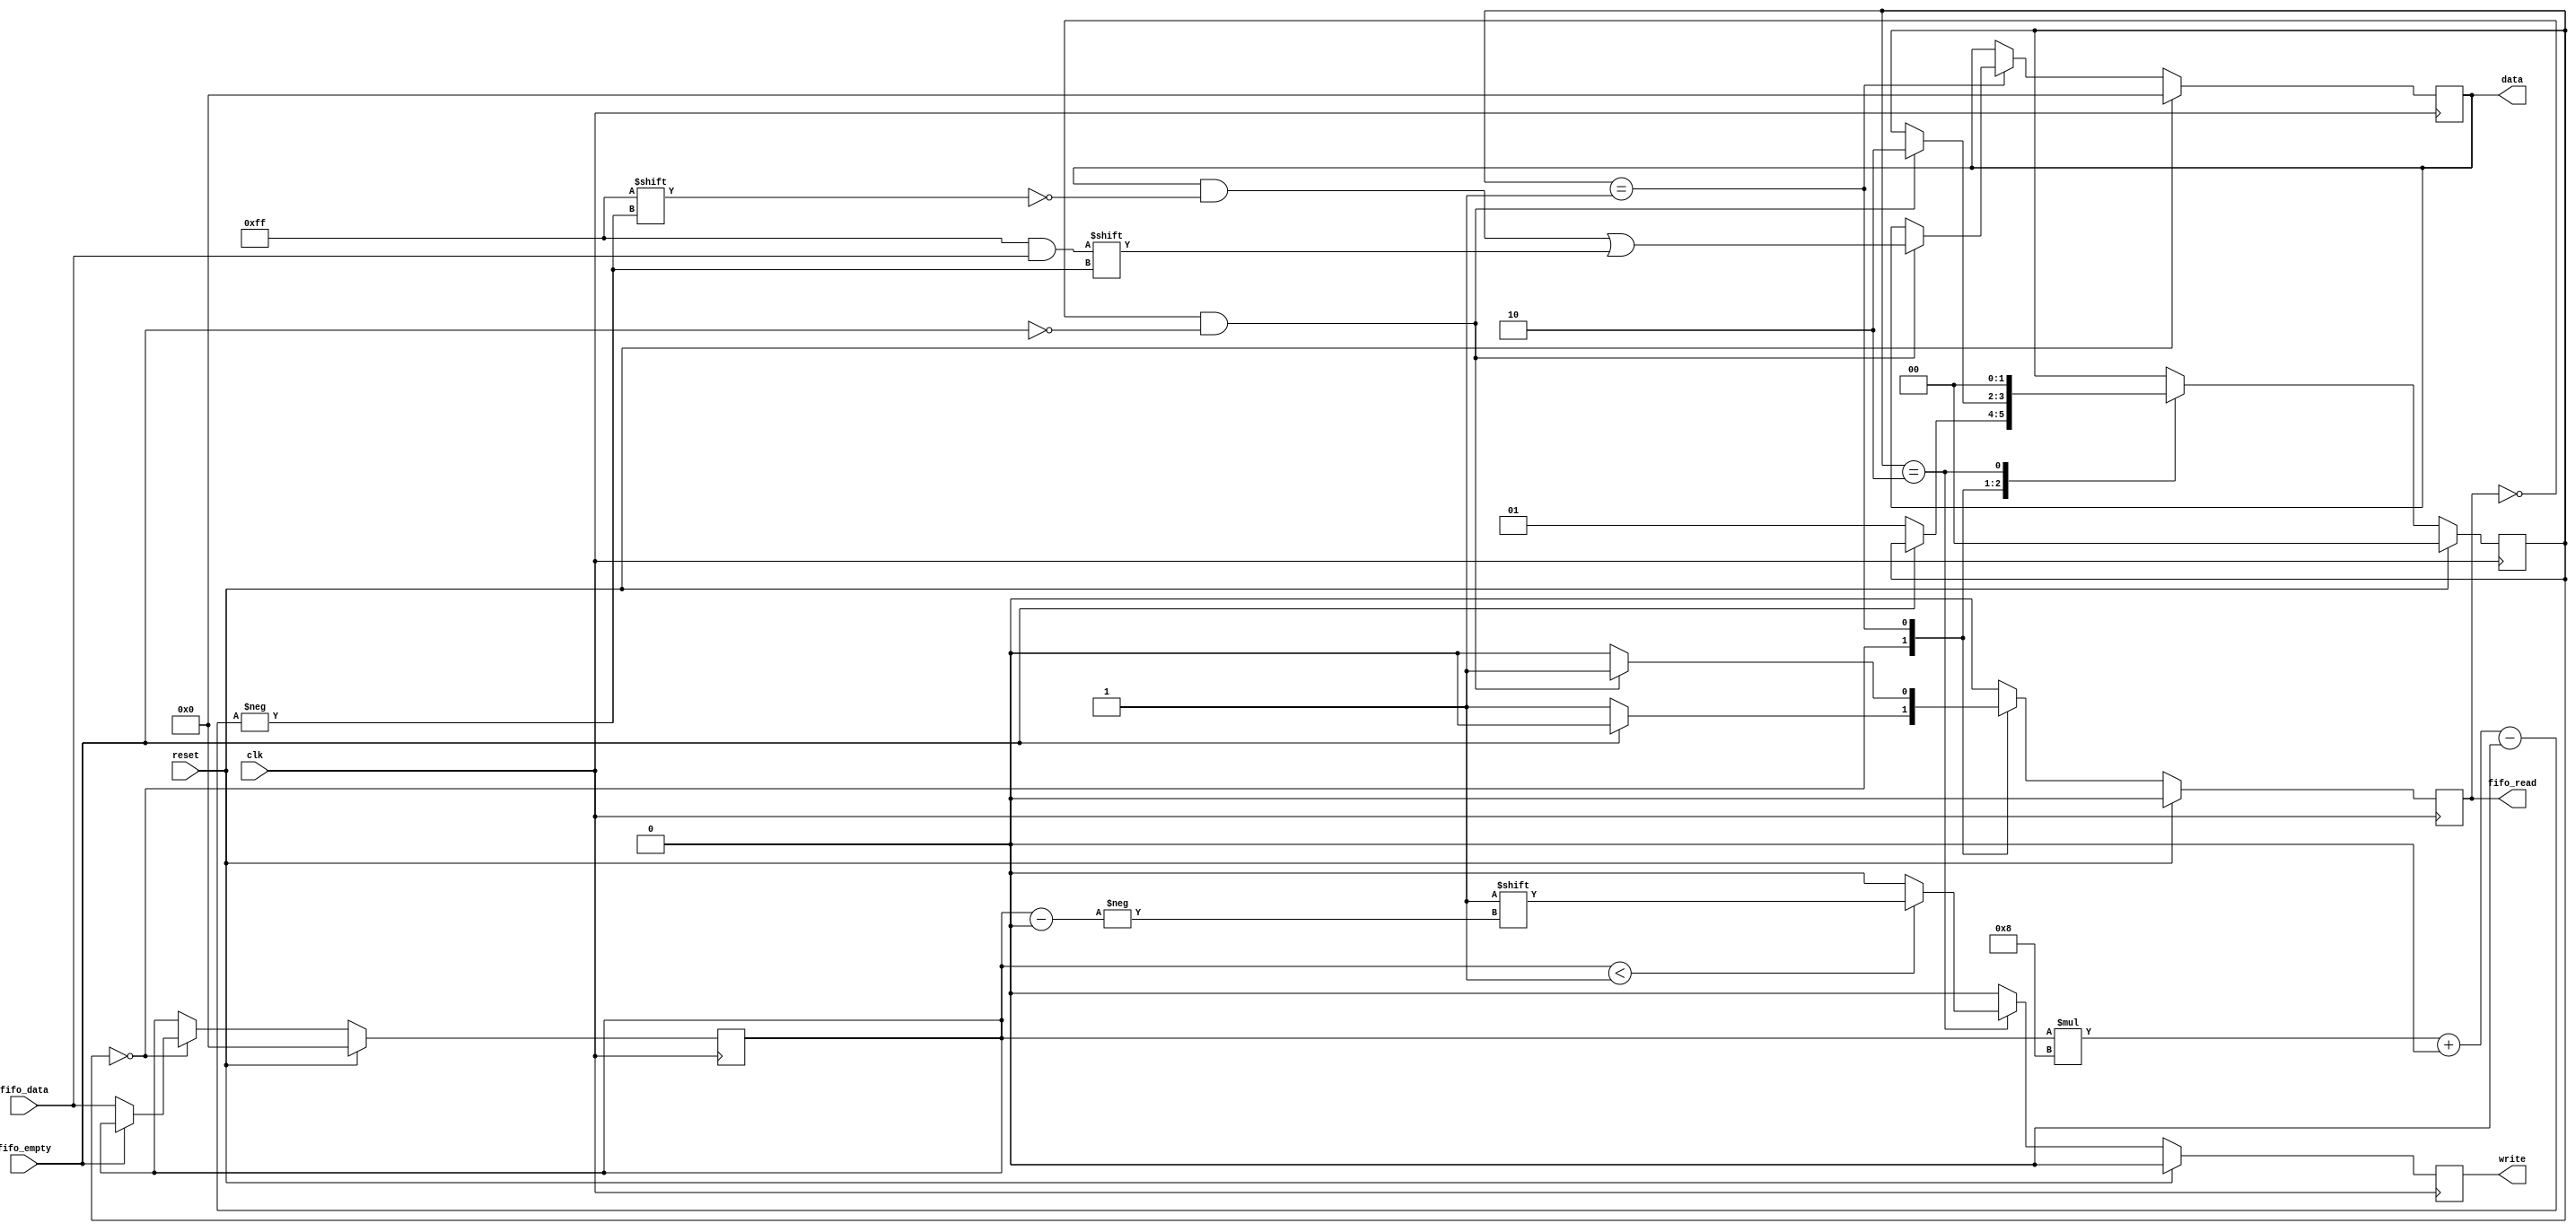
module uart_out_mux
	#(parameter 
		DATA_BITS = 8,
		COUNTER_BITS = 16,
		UART_COUNT = 1
	)
	(
		input wire clk,
		input wire reset,

		input wire fifo_empty,
		output wire fifo_read,
		input wire [DATA_BITS-1:0] fifo_data,

		output wire [UART_COUNT-1:0] write,
		output wire [UART_COUNT * DATA_BITS - 1 : 0] data
	);
			
	localparam [1:0]
		READ_INDEX_STATE = 2'd0,
		READ_VALUE_STATE = 2'd1,
		SEND_VALUE_STATE = 2'd2;

	reg [1:0] state_current, state_next;
	reg [7:0] uart_index_current, uart_index_next;
	reg fifo_read_current, fifo_read_next;
	reg [UART_COUNT-1:0] write_current, write_next;
	reg [UART_COUNT * DATA_BITS - 1 : 0] data_current, data_next;

	always @(posedge clk) begin
		if (reset) begin
			state_current <= READ_INDEX_STATE;
			uart_index_current <= 0;
			fifo_read_current <= 0;
			write_current <= 0;
			data_current <= 0;
		end
		else begin
			state_current <= state_next;
			uart_index_current <= uart_index_next;
			fifo_read_current <= fifo_read_next;
			write_current <= write_next;
			data_current <= data_next;
		end
	end

	always @* begin
		state_next = state_current;
		uart_index_next = uart_index_current;
		fifo_read_next = 0;
		write_next = 0;
		data_next = data_current;

		case (state_current)
		
			READ_INDEX_STATE: begin
				if (~fifo_empty) begin
					state_next = READ_VALUE_STATE;
					fifo_read_next = 1'b1;
					uart_index_next = fifo_data;
				end
			end

			READ_VALUE_STATE: begin
				if (~fifo_read_current & ~fifo_empty) begin
					state_next = SEND_VALUE_STATE;
					fifo_read_next = 1'b1;
					data_next[uart_index_current * DATA_BITS +: DATA_BITS] = fifo_data;
				end
			end
			
			SEND_VALUE_STATE: begin
				state_next = READ_INDEX_STATE;
				if (uart_index_current < UART_COUNT) begin
					write_next[uart_index_current] = 1'b1;
				end
			end

		endcase
	end

	assign fifo_read = fifo_read_current;
	assign write = write_current;
	assign data = data_current;
	
endmodule